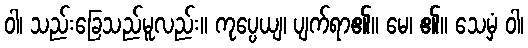
ဝါ၊ သည်းခြေသည်မူလည်း။ ကုပ္ပေယျ၊ ပျက်ရာ၏။ မေ၊ ၏။ သေမှံ ဝါ၊